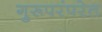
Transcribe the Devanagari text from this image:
गुरूपरंपरेत